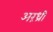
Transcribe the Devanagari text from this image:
अरंध्री